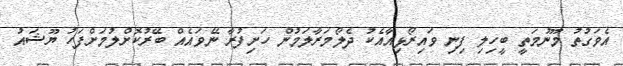
އެވަގުތު މޫނުމަތީ ބީހިލި ފިނި ވައިރޯޅިއާއެކު ދެލޯމަރާލަމުން ހަށިފުރާ ނޭވައެއް ބޭރުކޮށްލުމަށްފަހު ޔޫޝައު